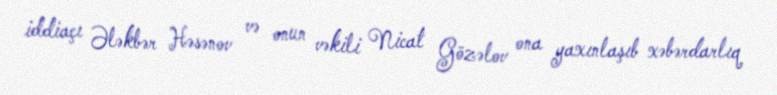
iddiaçı Ələkbər Həsənov və onun vəkili Nicat Gözəlov ona yaxınlaşıb xəbərdarlıq